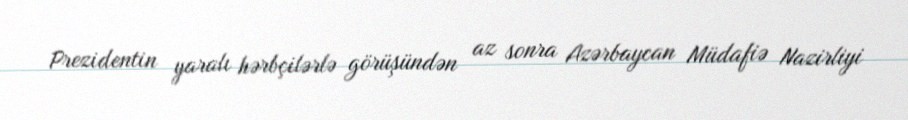
Prezidentin yaralı hərbçilərlə görüşündən az sonra Azərbaycan Müdafiə Nazirliyi